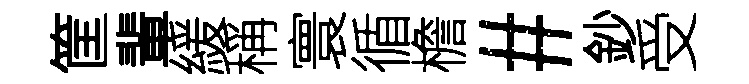
筐輩緩稱寰循檐#鈔受